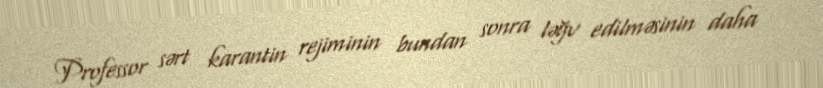
Professor sərt karantin rejiminin bundan sonra ləğv edilməsinin daha